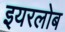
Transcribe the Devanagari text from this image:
इयरलोब